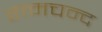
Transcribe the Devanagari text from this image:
रामचन्द